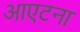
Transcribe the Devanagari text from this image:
आएटना